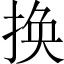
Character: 换